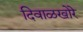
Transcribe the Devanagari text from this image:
दिवाळखोरे